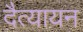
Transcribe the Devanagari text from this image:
दैत्यायन